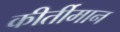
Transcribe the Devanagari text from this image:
कीर्तीमान